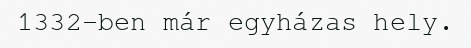
1332-ben már egyházas hely.